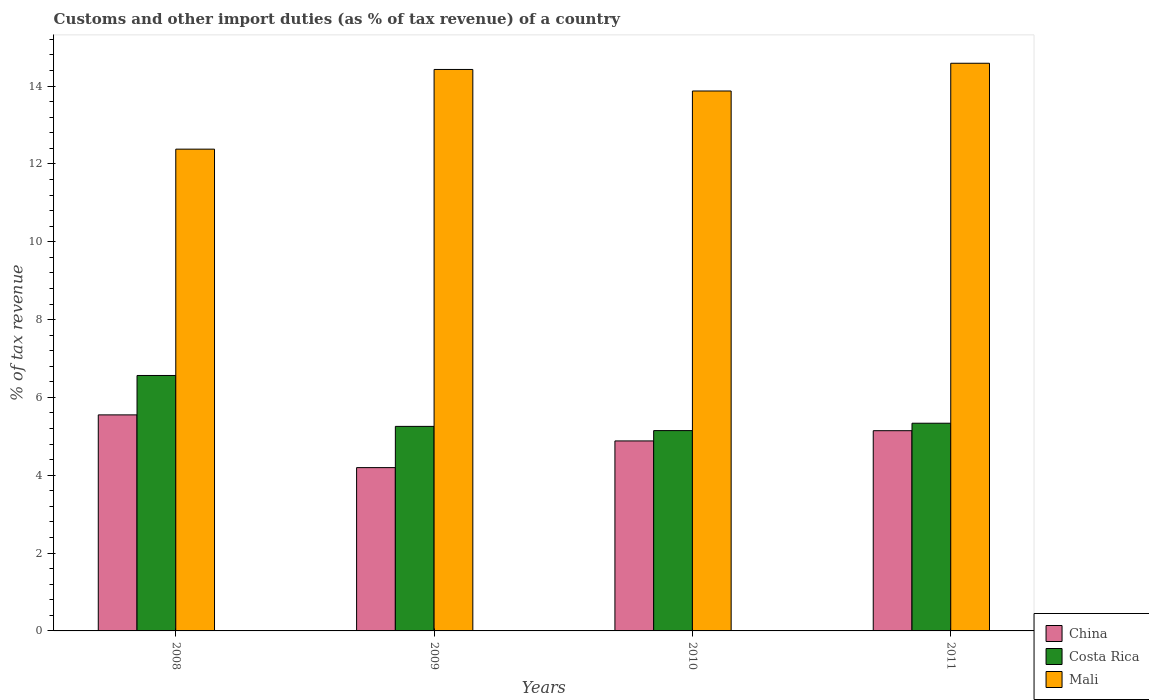
| Years | China | Costa Rica | Mali |
 | --- | --- | --- | --- |
 | 2008 | 5.55 | 6.56 | 12.4 |
 | 2009 | 4.2 | 5.26 | 14.4 |
 | 2010 | 4.88 | 5.15 | 13.9 |
 | 2011 | 5.14 | 5.34 | 14.6 |